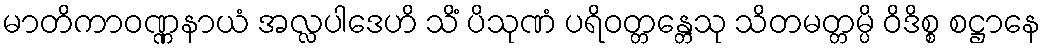
မာတိကာဝဏ္ဏနာယံ အလ္လပါဒေဟိ သိံ ပိသုဏံ ပရိဝတ္တန္တေသု သိတမတ္တမ္ပိ ဝိဒိစ္စ စဋ္ဌာနေ